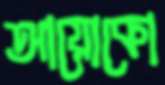
আয়োকো